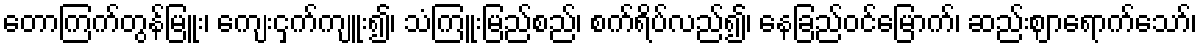
တောကြက်တွန်မြူး၊ ကျေးငှက်ကျူး၍၊ သံကြူးမြည်စည်၊ စက်ရိပ်လည်၍၊ နေခြည်ဝင်မြောက်၊ ဆည်းဈာရောက်သော်၊